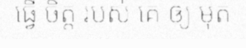
ធ្វើ ចិត្ត របស់ គេ ឲ្យ មុត